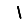
Digit: 1